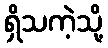
ရှိသကဲ့သို့